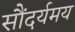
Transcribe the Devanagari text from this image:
सौंदर्यमय